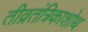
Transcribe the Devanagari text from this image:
तीव्रतंत्रिकाशोथ